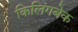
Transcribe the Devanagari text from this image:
किलिंगबेक